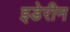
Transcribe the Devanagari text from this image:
इडेरीन